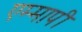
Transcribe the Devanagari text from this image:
एम्मापी